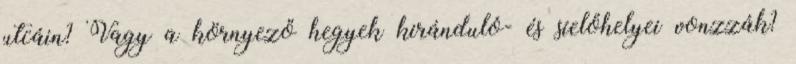
utcáin? Vagy a környező hegyek kiránduló- és síelőhelyei vonzzák?